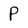
Character: P